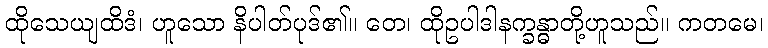
ထိုသေယျထိဒံ၊ ဟူသော နိပါတ်ပုဒ်၏။ တေ၊ ထိုဥပါဒါနက္ခန္ဓာတို့ဟူသည်။ ကတမေ၊